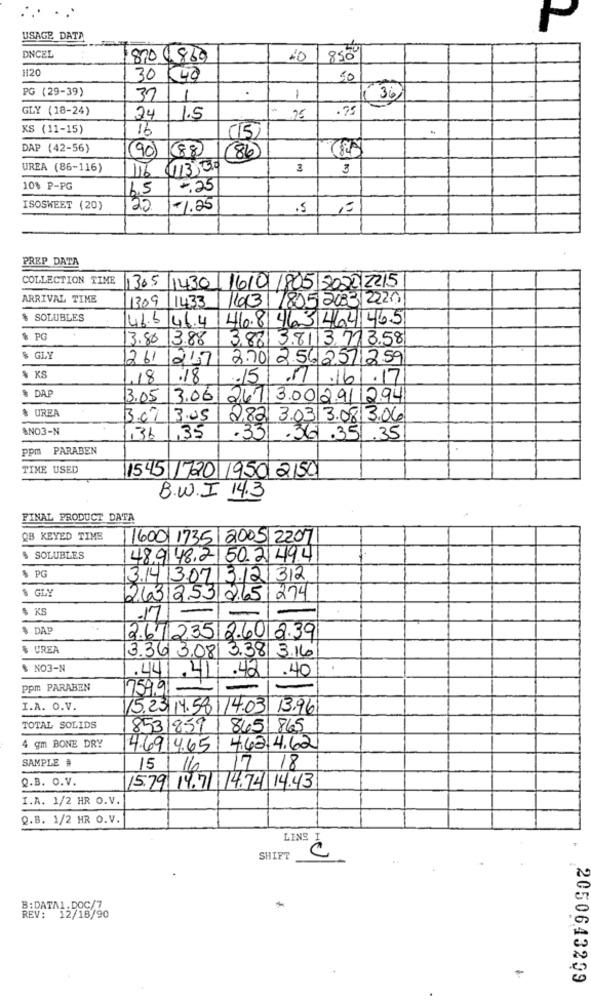
USAGE DATA
DNCEL
870 860
8500
1120
30 40
50
PG (29-39)
1
KK 36
37
1
GLY (18-24)
.75
24
1.5
75
KS (11-15)
16
(15
DAP (42-56)
90) (88
86)
UREA (86-116)
116 113 30
3
3
10% P-PG
6.5
-. 25
ISOSWEET (20)
20
1-1.25
.5
PREP DATA
COLLECTION TIME
1305
1430 16101 /805 2020 2215
ARRIVAL TIME
1309 1433
1413
1805 2083/2220
& SOLUBLES
468463464465
46.5 46.4
$ PG
3.80 3.88
3.88 3.8113.713.58
$ GLY
261 247
2.70/2.562571259
% KS
,18.18
.15
1 .161
.17
$ DAP
3.05 3.06
267 3.00 291|294
& UREA
3.07 /3.05
2.82 3.03 3.08 3.06
ANO3-N
136 1,35
.33.361.351.35
ppm PARABEN
TIME USED
1545 1720 1950 2150
B.W.I 14.3
FINAL PRODUCT DATA
QB KEYED TIME
1600 1735 2005 22071
$ SOLUBLES
48.9 48.2 50.2494
$ PG
3.1413.0713.121312
$ GLY
2.63 253 265 274
$ KS
-
17
-
$ DAP
2.61.235 2.60 2.39
$ UREA
3.36 3.08 3.38 3.16
$ NO3-N
.40
.441.41.42
ppm PARABEN
75991-
I.A. O.V.
15.23,14.58,1/4.03 13.961
TOTAL SOLIDS
853/859 / 845 865
4 gm BONE DRY
4.69.4.65 4.62.4.62
SAMPLE #
15 16 17 18
Q.B. O.V.
15.79 14.711/4.74 14.43
I.A. 1/2 HR O.V.
Q.B. 1/2 HR O.V.
LINS I
SHIFT
C
B:DATA1 . DOC/7
REV: 12/18/90
2050643259